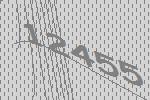
12455